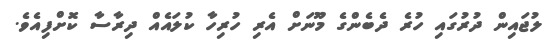
ލުޖައިން ދުރުގައި ހުރެ ދެބެންގެ މޫނަށް އެރި ހުރިހާ ކުލައެއް ދިރާސާ ކޮށްފިއެވެ.